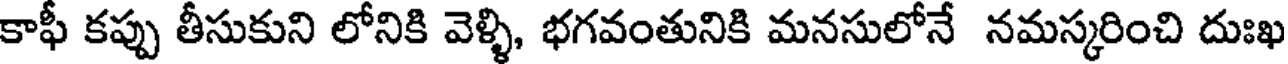
కాఫీ కప్పు తీసుకుని లోనికి వెళ్ళి, భగవంతునికి మనసులోనే నమస్కరించి దుఃఖ